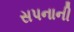
સપનાની